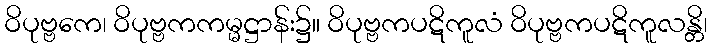
ဝိပုဗ္ဗကေ၊ ဝိပုဗ္ဗကကမ္မဋ္ဌာန်း၌။ ဝိပုဗ္ဗကပဋိကူလံ ဝိပုဗ္ဗကပဋိကူလန္တိ၊